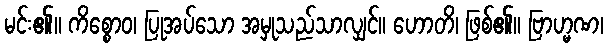
မင်း၏။ ကိစ္စောဝ၊ ပြုအပ်သော အမှုသည်သာလျှင်။ ဟောတိ၊ ဖြစ်၏။ ဗြာဟ္မဏ၊